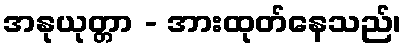
အနုယုတ္တာ - အားထုတ်နေသည်၊